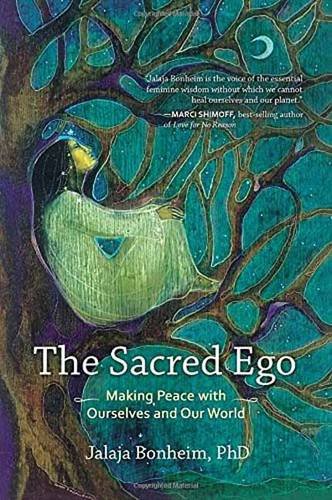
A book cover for The Sacred Ego: Making Peace with Ourselves and Our World (Sacred Activism); Jalaja Bonheim; Self-Help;